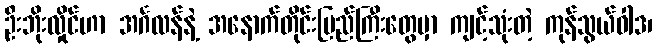
ဦးဘိုးလှိုင်ဟာ အင်္ဂလန်နဲ့ အနောက်တိုင်းပြည်ကြီးတွေမှာ ကျင့်သုံးတဲ့ ကုန်သွယ်ဝါဒ၊